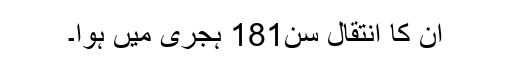
ان کا انتقال سن181 ہجری میں ہوا۔